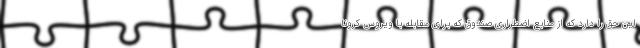
این حق را دارد که از منابع اضطراری صندوق که برای مقابله با ویروس کرونا